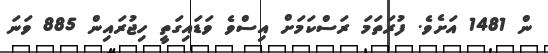
ން 1481 އަށެވެ. ފުރަތަމަ ރަސްކަމަށް އިސްވެ ވަޑައިގަތީ ހިޖުރައިން 885 ވަނަ